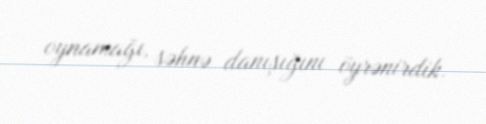
oynamağı, səhnə danışığını öyrənirdik.